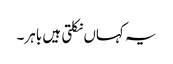
یہ کہاں نکلتی ہیں باہر۔